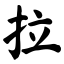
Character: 拉